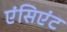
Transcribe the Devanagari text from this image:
एंसिएंट